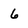
Character: 6